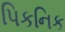
પિકનિક